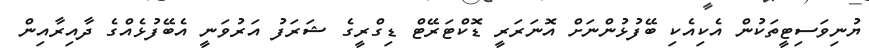
ޔުނިވަސިޓީތަކުން އެކިއެކި ބޭފުޅުންނަށް އޮނަރަރީ ޑޮކްޓަރޭޓް ޑިގްރީގެ ޝަރަފު އަރުވަނީ އެބޭފުޅެއްގެ ދާއިރާއިން